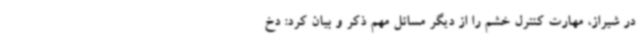
در شیراز، مهارت کنترل خشم را از دیگر مسائل مهم ذکر و بیان کرد: دخ